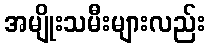
အမျိုးသမီးများလည်း